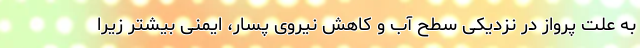
به علت پرواز در نزدیکی سطح آب و کاهش نیروی پسار، ایمنی بیشتر زیرا